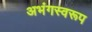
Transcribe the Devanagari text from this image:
अभंगस्वरूप